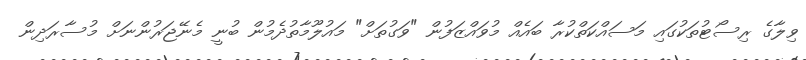
ވިލާގެ ރިސޯޓުތަކުގައި މަސައްކަތްކުރާ ބައެއް މުވައްޒަފުން "ވަގުތަށް" މައުލޫމާތުދެމުން ބުނީ މެނޭޖަރުންނަށް މުސާރަދިން